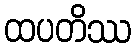
ထပတိဿ